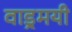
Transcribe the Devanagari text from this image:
वाड्रमयी